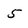
Character: 5